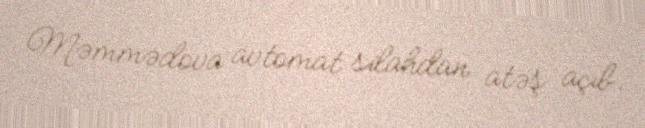
Məmmədova avtomat silahdan atəş açıb.